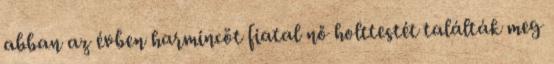
abban az évben harmincöt fiatal nő holttestét találták meg